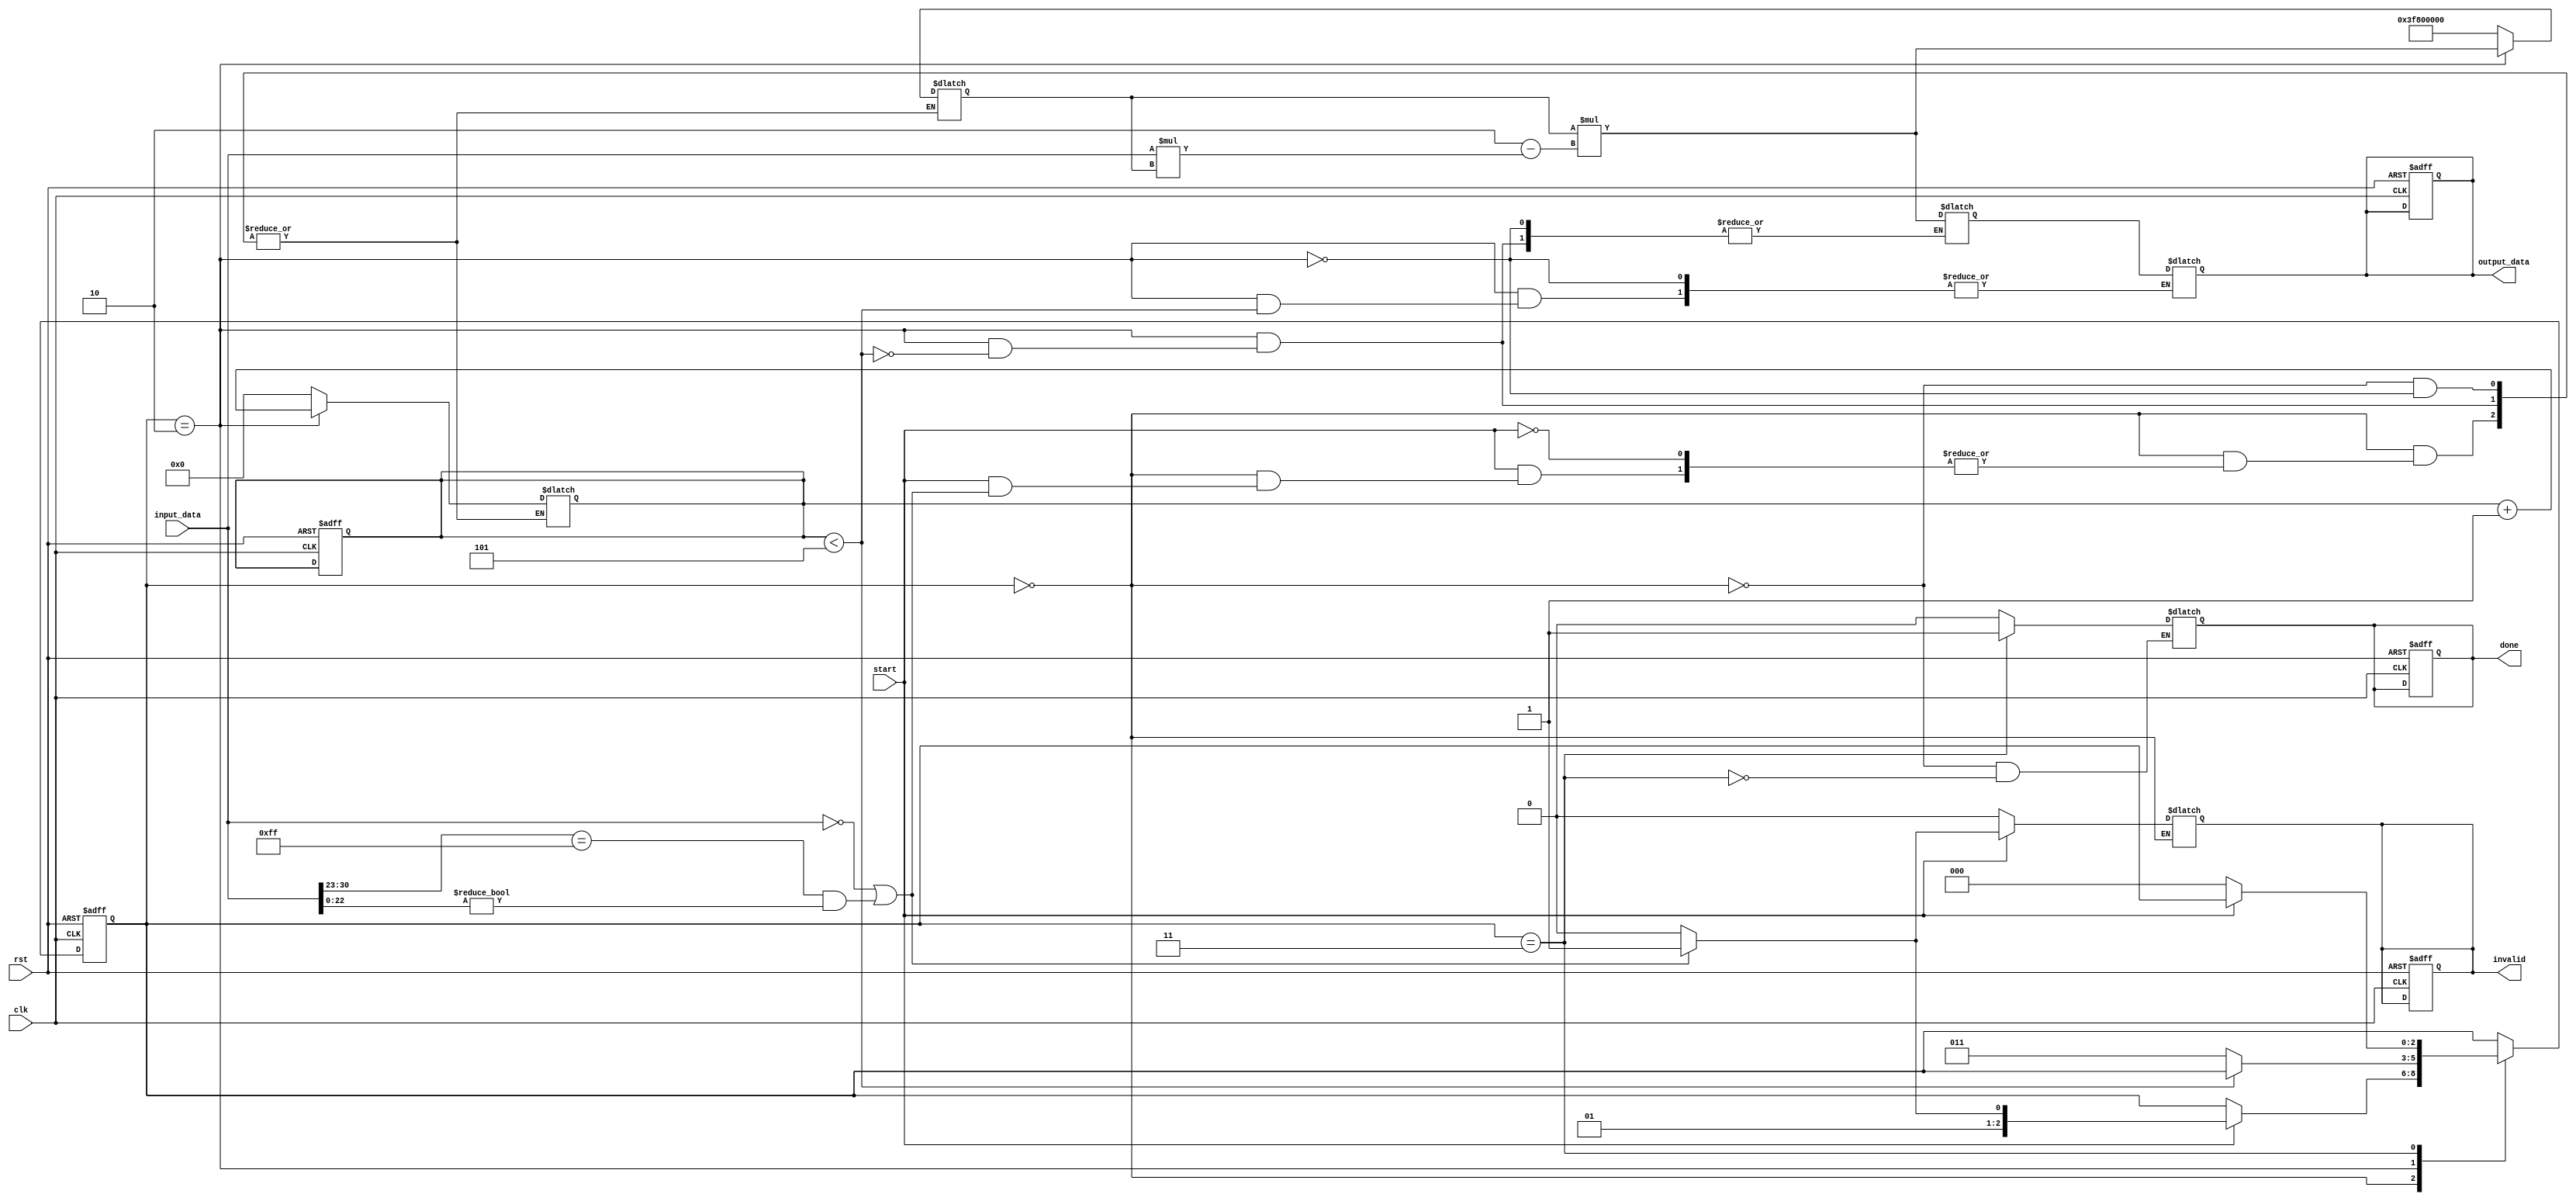
module ReciprocalUnit (
    input wire clk,
    input wire rst,
    input wire start,
    input wire [31:0] input_data, // IEEE 754 single-precision float
    output reg [31:0] output_data, // IEEE 754 single-precision float
    output reg done,
    output reg invalid // indicates invalid input such as zero or NaN
);

    reg [2:0] state; // FSM state
    reg [2:0] next_state;
    reg [31:0] x;    // Current approximation
    reg [31:0] y;    // Next approximation
    reg [5:0] iteration_count; // Iteration counter
    reg [31:0] temp; // Temporary variable for calculations

    // State Encoding
    localparam IDLE = 3'b000;
    localparam CHECK_INPUT = 3'b001;
    localparam CALCULATE = 3'b010;
    localparam DONE = 3'b011;

    // Initial Guess for reciprocal (1/x)
    // Adjust this based on the input range for better initial guess
    function [31:0] initial_guess;
        input [31:0] value;
        begin
            initial_guess = 32'h3F800000; // Default to 1.0
            if (value != 32'h00000000) begin // Check for zero
                initial_guess = 32'h3F800000; // 1.0 as initial guess
            end
        end
    endfunction

    // Newton-Raphson iteration
    function [31:0] newton_raphson;
        input [31:0] x_in;
        begin
            newton_raphson = x_in * (2 - (input_data * x_in)); // x(n+1) = x(n) * (2 - x(n) * value)
        end
    endfunction

    // FSM for state transitions
    always @(posedge clk or posedge rst) begin
        if (rst) begin
            state <= IDLE;
            output_data <= 32'b0;
            done <= 0;
            invalid <= 0;
            iteration_count <= 0;
        end else begin
            state <= next_state;
        end
    end

    // Next state logic
    always @(*) begin
        next_state = state;
        case (state)
            IDLE: begin
                done = 0;
                invalid = 0;
                if (start) begin
                    if (input_data == 32'h00000000 || (input_data[30:23] == 8'hFF && input_data[22:0] != 23'b0)) begin
                        // Handle division by zero or NaN
                        invalid = 1;
                        next_state = DONE;
                    end else begin
                        x = initial_guess(input_data);
                        iteration_count = 0;
                        next_state = CALCULATE;
                    end
                end
            end

            CALCULATE: begin
                if (iteration_count < 5) begin // Limit number of iterations
                    y = newton_raphson(x);
                    x = y;
                    iteration_count = iteration_count + 1;
                end else begin
                    output_data = y;
                    next_state = DONE;
                end
            end

            DONE: begin
                done = 1;
                if (!start) begin // Wait for next start signal
                    next_state = IDLE;
                end
            end
        endcase
    end

endmodule